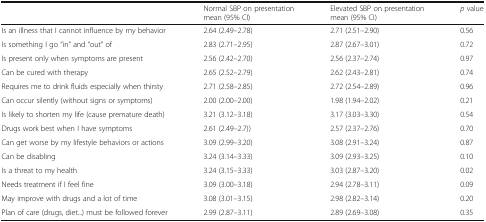
<table><thead><tr><td></td><td><b>Normal SBP on presentationmean (95% CI)</b></td><td><b>Elevated SBP on presentationmean (95% CI)</b></td><td><b><i>p</i> value</b></td></tr></thead><tbody><tr><td>Is an illness that I cannot influence by my behavior</td><td>2.64 (2.49–2.78)</td><td>2.71 (2.51–2.90)</td><td>0.56</td></tr><tr><td>Is something I go “in” and “out” of</td><td>2.83 (2.71–2.95)</td><td>2.87 (2.67–3.01)</td><td>0.72</td></tr><tr><td>Is present only when symptoms are present</td><td>2.56 (2.42–2.70)</td><td>2.56 (2.37–2.74)</td><td>0.97</td></tr><tr><td>Can be cured with therapy</td><td>2.65 (2.52–2.79)</td><td>2.62 (2.43–2.81)</td><td>0.74</td></tr><tr><td>Requires me to drink fluids especially when thirsty</td><td>2.71 (2.58–2.85)</td><td>2.72 (2.54–2.89)</td><td>0.96</td></tr><tr><td>Can occur silently (without signs or symptoms)</td><td>2.00 (2.00–2.00)</td><td>1.98 (1.94–2.02)</td><td>0.21</td></tr><tr><td>Is likely to shorten my life (cause premature death)</td><td>3.21 (3.12–3.18)</td><td>3.17 (3.03–3.30)</td><td>0.54</td></tr><tr><td>Drugs work best when I have symptoms</td><td>2.61 (2.49–2.7))</td><td>2.57 (2.37–2.76)</td><td>0.70</td></tr><tr><td>Can get worse by my lifestyle behaviors or actions</td><td>3.09 (2.99–3.20)</td><td>3.08 (2.91–3.24)</td><td>0.87</td></tr><tr><td>Can be disabling</td><td>3.24 (3.14–3.33)</td><td>3.09 (2.93–3.25)</td><td>0.10</td></tr><tr><td>Is a threat to my health</td><td>3.24 (3.15–3.33)</td><td>3.03 (2.87–3.20)</td><td>0.02</td></tr><tr><td>Needs treatment if I feel fine</td><td>3.09 (3.00–3.18)</td><td>2.94 (2.78–3.11)</td><td>0.09</td></tr><tr><td>May improve with drugs and a lot of time</td><td>3.08 (3.01–3.15)</td><td>2.98 (2.82–3.14)</td><td>0.20</td></tr><tr><td>Plan of care (drugs, diet...) must be followed forever</td><td>2.99 (2.87–3.11)</td><td>2.89 (2.69–3.08)</td><td>0.35</td></tr></tbody></table>